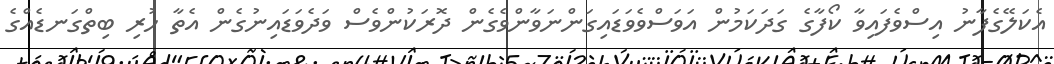
އެކަލޭގެފާނު އިސްވެފައިވާ ކޯފާގެ ގަދަކަމުން އަވަސްވެވަޑައިގަންނަވާންވެގެން ދޮރަކުންވެސް ވަދެވަޑައިނުގެން އެތާ ހުރި ބިތްގަނޑެއްގެ